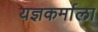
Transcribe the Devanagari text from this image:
यज्ञकर्माला